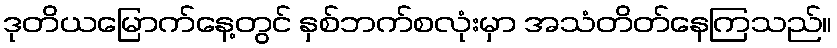
ဒုတိယမြောက်နေ့တွင် နှစ်ဘက်စလုံးမှာ အသံတိတ်နေကြသည်။